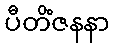
ပီတိံဇနနာ